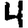
Digit: 4